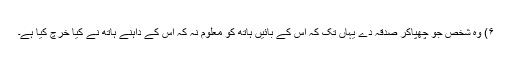
۶) وہ شخص جو چھپاکر صدقہ دے یہاں تک کہ اس کے بائیں ہاتھ کو معلوم نہ کہ اس کے داہنے ہاتھ نے کیا خرچ کیا ہے۔